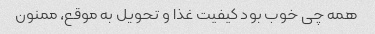
همه چی خوب بود کیفیت غذا و تحویل به موقع، ممنون